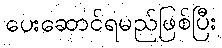
ပေးဆောင်ရမည်ဖြစ်ပြီး